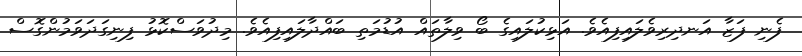
ފެނި ފަޒާ އަނދިރިވެލައިފިއެވެ. އަޅިކުލައިގެ ބޯ ވިލާތައް އުޑުމަތި ބައްދާލައިފިއެވެ. މިދުވަސްކޮޅު ފިނިގަދަވަމުންގޮސް